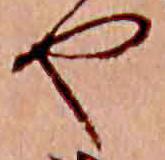
や